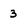
Character: 3